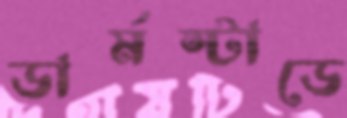
ডার্মস্টাডে